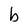
Character: b